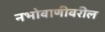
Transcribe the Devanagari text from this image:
नभोवाणीवरील